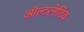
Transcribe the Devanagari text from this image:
ऑल्‍टरनेटिव